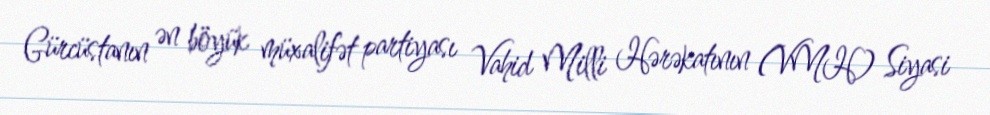
Gürcüstanın ən böyük müxalifət partiyası Vahid Milli Hərəkatının (VMH) Siyasi